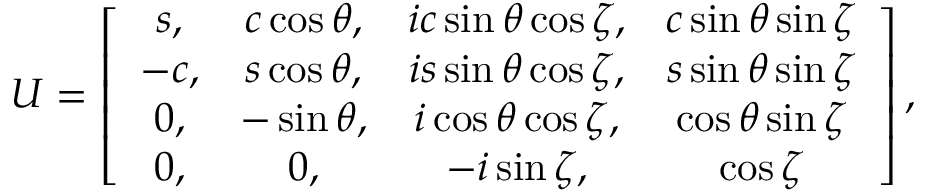
U = \left[ \begin{array} { c c c c } { { s , } } & { { c \cos { \theta } , } } & { { i c \sin \theta \cos \zeta , } } & { { c \sin \theta \sin \zeta } } \\ { { - c , } } & { { s \cos \theta , } } & { { i s \sin \theta \cos \zeta , } } & { { s \sin \theta \sin \zeta } } \\ { { 0 , } } & { { - \sin \theta , } } & { { i \cos \theta \cos \zeta , } } & { { \cos \theta \sin \zeta } } \\ { { 0 , } } & { { 0 , } } & { { - i \sin \zeta , } } & { { \cos \zeta } } \end{array} \right] ,